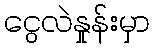
ငွေလဲနှုန်းမှာ